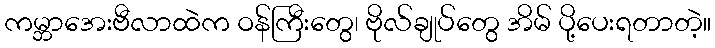
ကမ္ဘာအေးဗီလာထဲက ဝန်ကြီးတွေ၊ ဗိုလ်ချုပ်တွေ အိမ် ပို့ပေးရတာတဲ့။